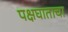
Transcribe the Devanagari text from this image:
पक्षघाताचा